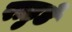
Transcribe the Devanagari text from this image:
राहुडे